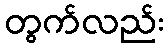
တွက်လည်း